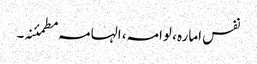
نفس امارہ ، لوامہ، الہامہ مطمئنہ۔